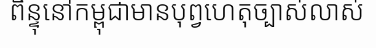
ពិន្ទុនៅកម្ពុជាមានបុព្វហេតុច្បាស់លាស់